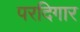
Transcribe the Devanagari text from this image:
परदिगार